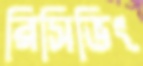
রিসিভিং